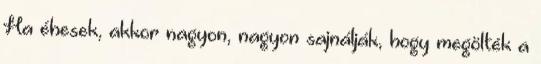
Ha éhesek, akkor nagyon, nagyon sajnálják, hogy megölték a